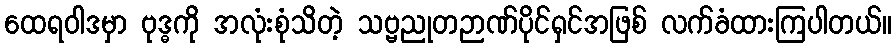
ထေရဝါဒမှာ ဗုဒ္ဓကို အလုံးစုံသိတဲ့ သဗ္ဗညုတဉာဏ်ပိုင်ရှင်အဖြစ် လက်ခံထားကြပါတယ်။